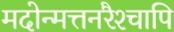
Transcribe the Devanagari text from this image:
मदोन्मत्तनरैश्‍चापि